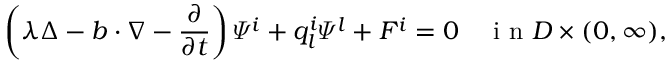
\left( \lambda \Delta - b \cdot \nabla - \frac { \partial } { \partial t } \right) \varPsi ^ { i } + q _ { l } ^ { i } \varPsi ^ { l } + F ^ { i } = 0 \quad \textrm { i n } D \times ( 0 , \infty ) ,